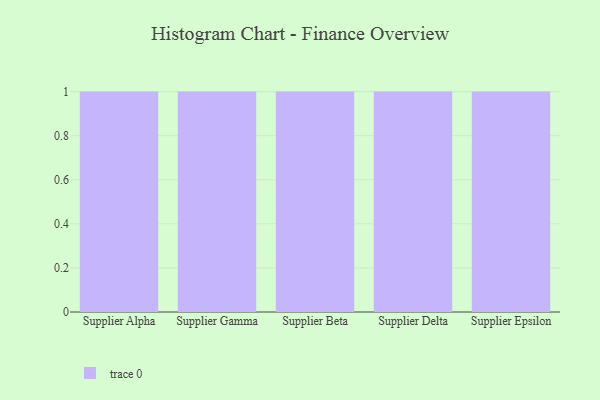
{"axis": {"x": "Supplier", "y": "Website Visitors"}, "legend": [""], "data": [{"x": "Supplier Alpha", "y": 100, "type": ""}, {"x": "Supplier Gamma", "y": 69, "type": ""}, {"x": "Supplier Beta", "y": 62, "type": ""}, {"x": "Supplier Delta", "y": 87, "type": ""}, {"x": "Supplier Epsilon", "y": 93, "type": ""}]}